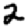
Digit: 2